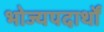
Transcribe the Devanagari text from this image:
भोज्यपदार्थों